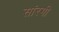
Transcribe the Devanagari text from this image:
सांरगी